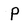
Character: P